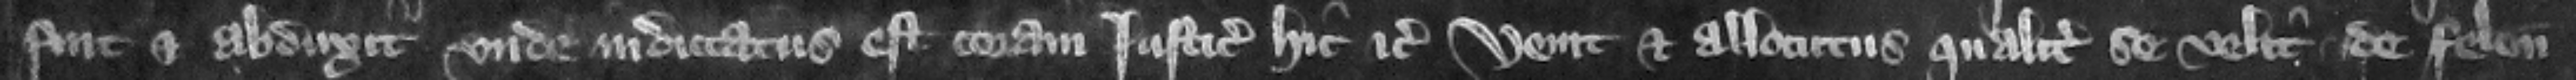
fut et abduxit. nde indictatus est coram iusticiariis hic etc.. venit et allocutus qualiter se velit de feloniis